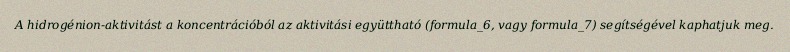
A hidrogénion-aktivitást a koncentrációból az aktivitási együttható (formula_6, vagy formula_7) segítségével kaphatjuk meg.